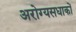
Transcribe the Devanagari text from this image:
अरोग्यसधाकों